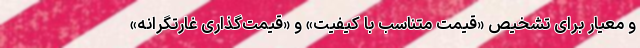
و معیار برای تشخیص «قیمت متناسب با کیفیت» و «قیمت‌گذاری غارتگرانه»